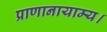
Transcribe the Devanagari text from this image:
प्राणानायाम्य।